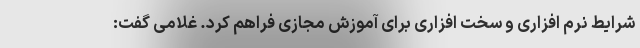
شرایط نرم افزاری و سخت افزاری برای آموزش مجازی فراهم کرد. غلامی گفت: